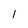
Character: 1